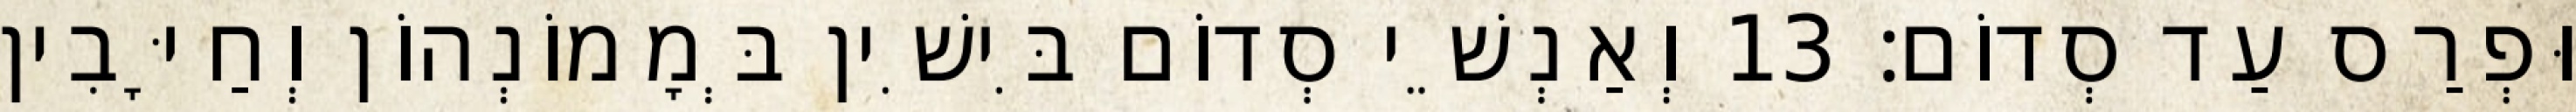
וּפְרַס עַד סְדוֹם׃ 13 וְאַנְשֵׁי סְדוֹם בִּישִׁין בְּמָמוֹנְהוֹן וְחַיָּבִין